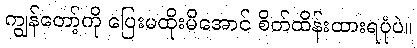
ကျွန်တော့်ကို ပြေးမထိုးမိအောင် စိတ်ထိန်းထားရပုံပဲ။